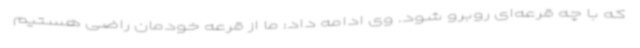
که با چه قرعه‌ای روبرو شود. وی ادامه داد: ما از قرعه خودمان راضی هستیم